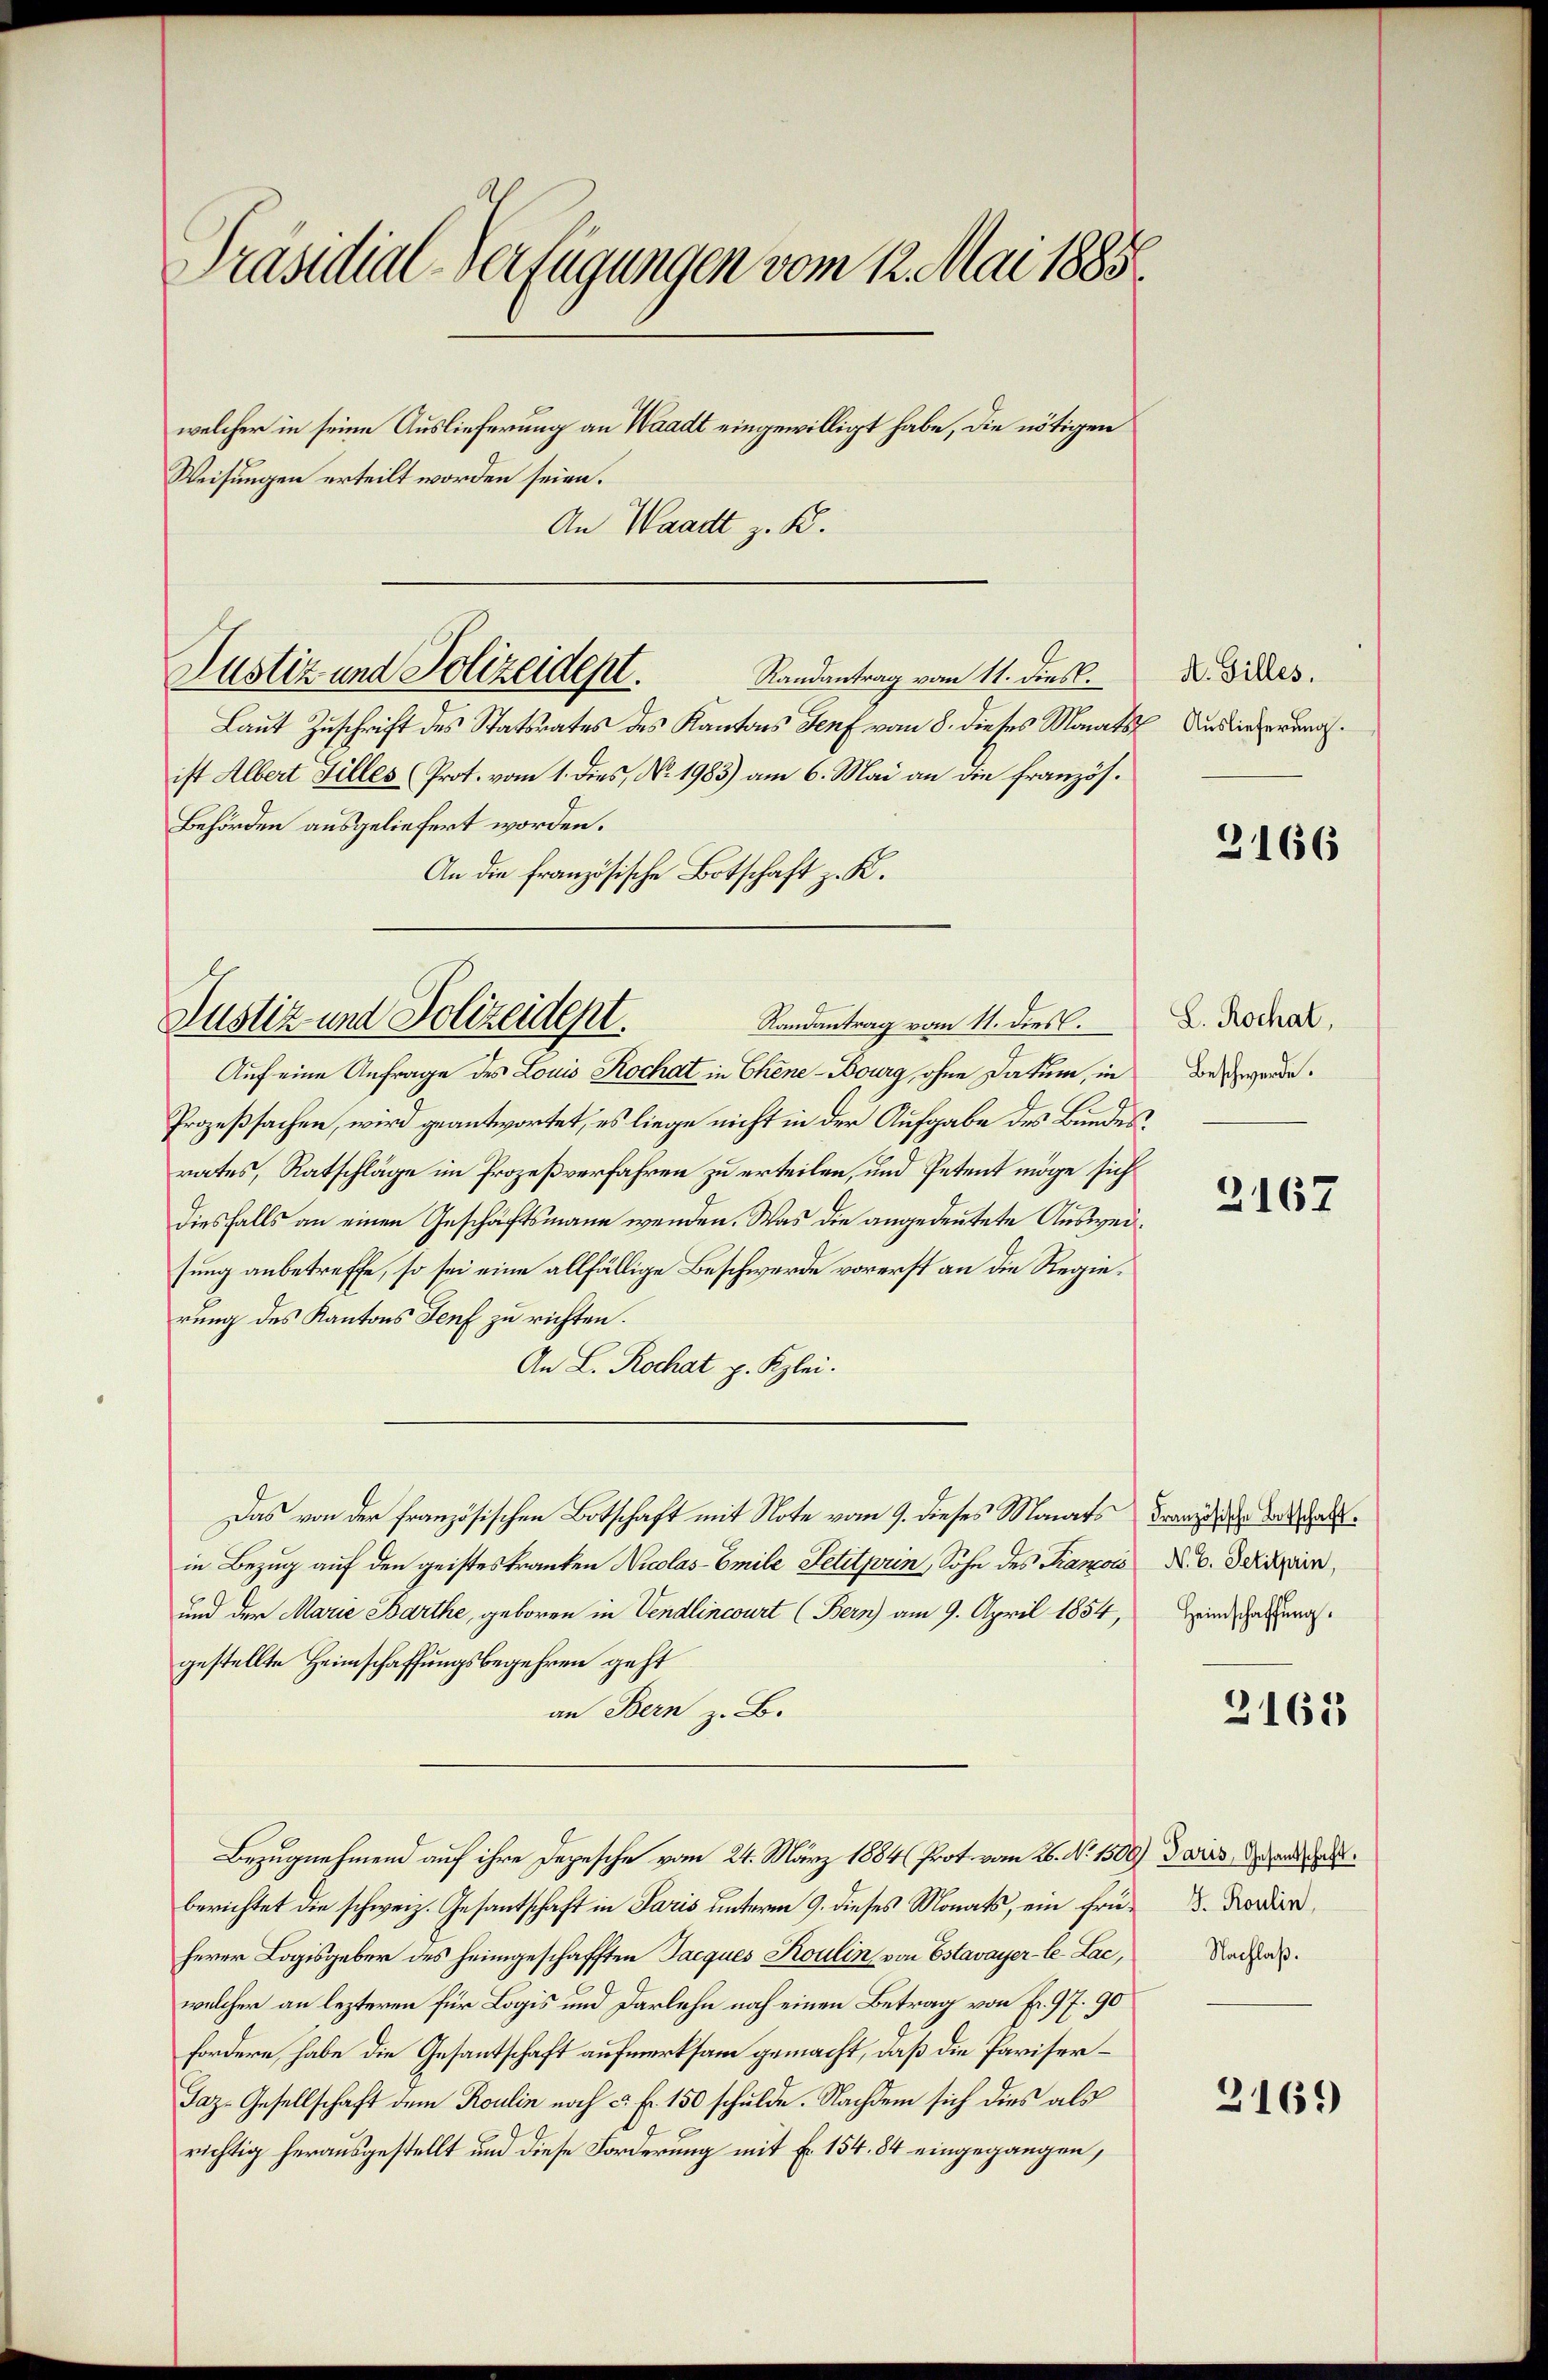
Präsidial-Verfügungen vom 12. Mai 1885
welcher in seine Auslieferung an Waadt eingewilligt habe, die nötigen
Weisungen erteilt worden seien.
An Waadt z. B.

Randantrag vom 11. dies.
Laut Zuschrift des Statsrates des Kantons Genf vom 8. dieses Monats Auslieferung.
ist Albert Filles Prot. vom 1. dies, No. 1983) am 6. Mai an die französ.
Behörden ausgeliefert worden.
An die französische Botschaft z. K.
Auf eine Anfrage des Louis Kochat in Chene Bourg, ohne Datum, in
Prozeßsachen, wird geantwortet, es liege nicht in der Aufgabe des Bundes
rates, Ratschläge im Prozeßverfahren zu erteilen, und Petent möge sich
diesfalls an einen Geschäftsmann wenden. Was die angedeutete Ausweisung anbetreffe, so sei eine allfällige Beschwerde vorerst an die Regierung des Kantons Senf zu richten.
An L. Rochat p. Kzlei.
Das von der französischen Botschaft mit Note vom 9. dieses Monats Franz die das anin Bezug auf den geisteskranken Nicolas-Emile Petitprin, Sohn des Tramois N. V. Derzen,
und der Marie Barthe, geboren in Vendlincourt (Bern) am 9. April 1854, Heindsatzung.
gestellte Heimschaffungsbegehren geht
an Bern z. B.
Bezugnehmend auf ihre Depesche vom 24. März 1884 (Prot. vom 26. No. 1500) daris ande
berichtet die schweiz. Gesantschaft in Paris unterm 9. dieses Monats, ein frü-. Nordir
herer Logisgeber des heimgeschafften Jacques Koulin von Estavayer-le-Lac, Nachah.
welcher an lezteren für Logis und Darlehn noch einen Betrag von Fr. 97. 90
fordere, habe die Gesantschaft aufmerksam gemacht, daß die Pariser¬
Jaz. Gesellschaft dem Koulin noch c. fr. 150 schulde. Nachdem sich dies als
richtig herausgestellt und diese Forderung mit Fr. 154. 84 eingegangen,

Justiz und Polizeidept.

Justiz und Polizeident.
Randantrag vom 11. dies

A. Gilles.

3166

L. Rochat,
Beschwerde.
¬

2167

2163

3169